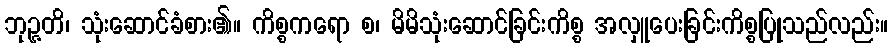
ဘုဉ္ဇတိ၊ သုံးဆောင်ခံစား၏။ ကိစ္စကရော စ၊ မိမိသုံးဆောင်ခြင်းကိစ္စ အလှူပေးခြင်းကိစ္စပြုသည်လည်း။